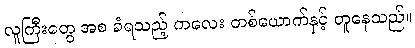
လူကြီးတွေ အစ ခံရသည့် ကလေး တစ်ယောက်နှင့် တူနေသည်။